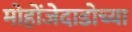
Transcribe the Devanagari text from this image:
मोहोंजेदाडोच्या